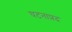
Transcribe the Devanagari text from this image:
घटनाप्रद